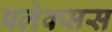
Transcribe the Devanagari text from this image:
पलेक्सस